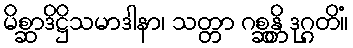
မိစ္ဆာဒိဋ္ဌိသမာဒါနာ၊ သတ္တာ ဂစ္ဆန္တိ ဒုဂ္ဂတိံ။